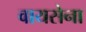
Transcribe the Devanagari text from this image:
वायसेना